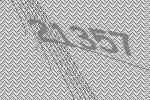
21357